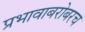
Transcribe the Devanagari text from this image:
प्रभावाबरोबरच